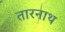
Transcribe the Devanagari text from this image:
तारनाथ